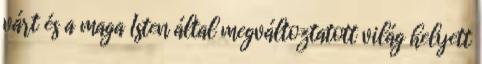
várt és a maga Isten által megváltoztatott világ helyett